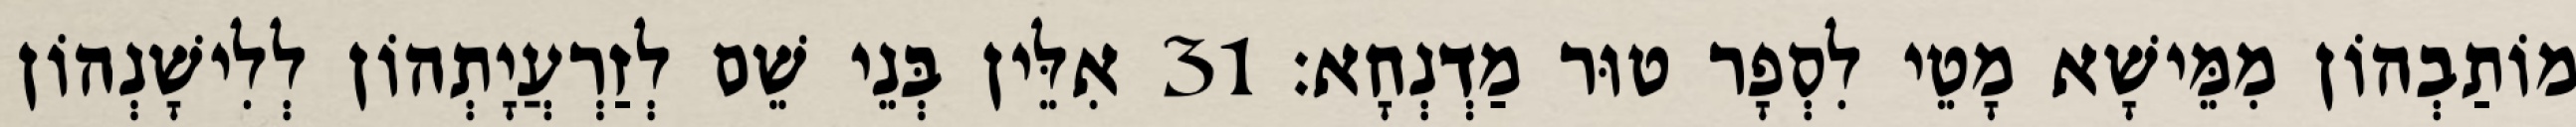
מוֹתַבְהוֹן מִמֵּישָׁא מָטֵי לִסְפָר טוּר מַדְנְחָא׃ 31 אִלֵּין בְּנֵי שֵׁם לְזַרְעֲיָתְהוֹן לְלִישָׁנְהוֹן